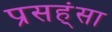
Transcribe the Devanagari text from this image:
प्रसह्ंसा